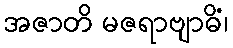
အဇာတိ မဇရာဗျာဓိံ၊